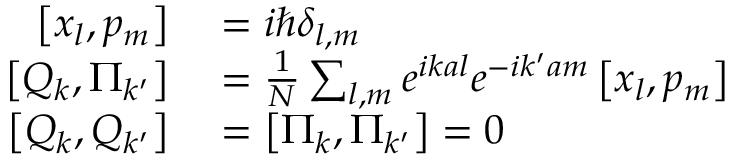
\begin{array} { r l } { \left[ x _ { l } , p _ { m } \right] } & { { } = i \hbar \delta _ { l , m } } \\ { \left[ Q _ { k } , \Pi _ { k ^ { \prime } } \right] } & { { } = { \frac { 1 } { N } } \sum _ { l , m } e ^ { i k a l } e ^ { - i k ^ { \prime } a m } \left[ x _ { l } , p _ { m } \right] } \\ { \left[ Q _ { k } , Q _ { k ^ { \prime } } \right] } & { { } = \left[ \Pi _ { k } , \Pi _ { k ^ { \prime } } \right] = 0 } \end{array}